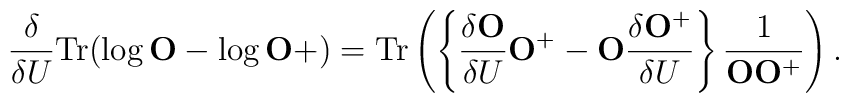
\frac{\delta}{\delta U}{\rm Tr}(\log {\bf O}-\log {\bf O}+)={\rm Tr}\left(\left\{\frac{\delta{\bf O}}{\delta U}{\bf O}^+-{\bf O}\frac{\delta{\bf O}^+}{\delta U}\right\}\frac{1}{{\bf O}{\bf O}^+}\right).